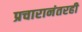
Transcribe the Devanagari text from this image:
प्रचारानंतरही